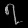
Digit: ၇